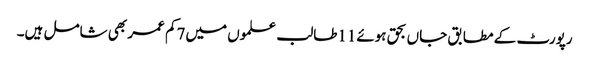
رپورٹ کے مطابق جاں بحق ہوئے11طالب علموں میں7کم عمر بھی شامل ہیں۔